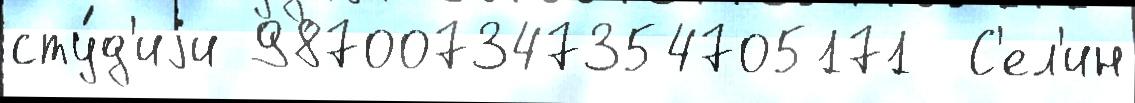
сту́д'иjи 987007347354705171  С'ел'ин